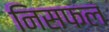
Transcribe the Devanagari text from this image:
निसफल